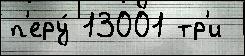
п'еру́ 13001 тр'и